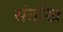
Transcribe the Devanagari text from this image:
संतो़ख